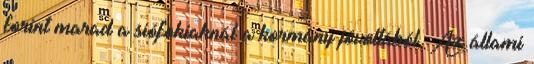
forint marad a siófokiaknál a kormány jóvoltából. Az állami